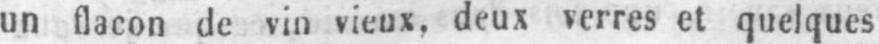
un flacon de vin vieux, deux verres et quelques